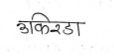
मजकूर: उकिरडा